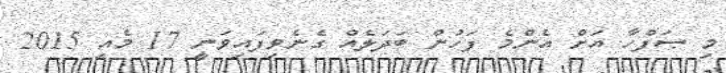
މި ޞަފްހާ އަށް އެންމެ ފަހުން ބަދަލެއް ގެނެވިފައިވަނީ 17 މެއި 2015